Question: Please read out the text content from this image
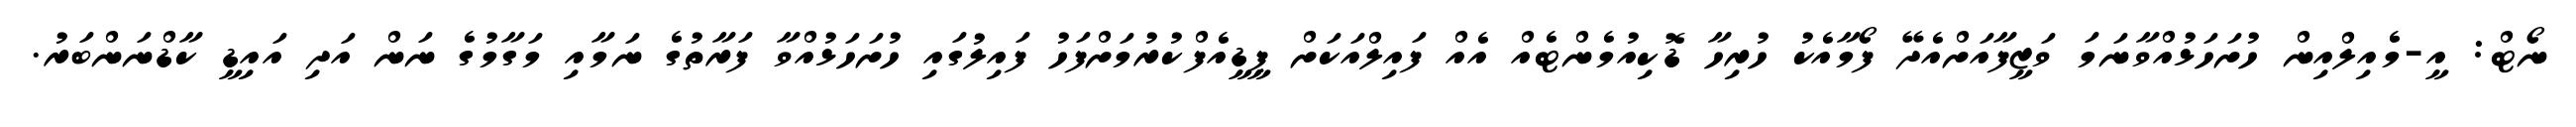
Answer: ނޯޓް: އީ-މެއިލްއިން ހުށަހަޅުއްވާނަމަ ވަޒީފާއަށްއެދޭ ފޯމާއެކު ހުރިހާ ޑޮކިއުމެންޓެއް އެއް ފައިލްއަކަށް ޕީޑީއެފްކުރުމަށްފަހު ފައިލުގައި ހުށަހަޅުއްވާ ފަރާތުގެ ނަމާއި މަގާމުގެ ނަން އަދި އައިޑީ ކާޑްނަންބަރު.